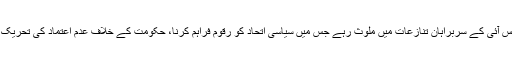
اس کے بعد جب پاکستان میں جمہوریت قائم ہوئی تو اس وقت کے فوجی اور آئی ایس آئی کے سربراہان تنازعات میں ملوث رہے جس میں سیاسی اتحاد کو رقوم فراہم کرنا، حکومت کے خلاف عدمِ اعتماد کی تحریک کے دوران پارلیمنٹیرز کو خریدنے، اور انتخابی دھاندلی جیسے مسائل شامل تھے۔